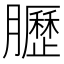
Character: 𫇀